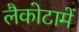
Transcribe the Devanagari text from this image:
लैकोटामें